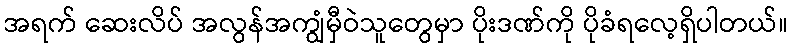
အရက် ဆေးလိပ် အလွန်အကျွံမှီဝဲသူတွေမှာ ပိုးဒဏ်ကို ပိုခံရလေ့ရှိပါတယ်။